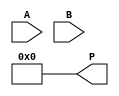
module WallaceTreeMultiplier #(parameter MAX_WIDTH = 16) (
    input [MAX_WIDTH-1:0] A, // Multiplicand
    input [MAX_WIDTH-1:0] B, // Multiplier
    output reg [2*MAX_WIDTH-1:0] P // Product
);

    // Partial product generation
    wire [MAX_WIDTH-1:0] partial_products[MAX_WIDTH-1:0];
    
    genvar i;
    generate
        for (i = 0; i < MAX_WIDTH; i = i + 1) begin : partial_product_gen
            assign partial_products[i] = A & {MAX_WIDTH{B[i]}};
        end
    endgenerate

    // Wallace tree reduction
    wire [MAX_WIDTH:0] sum[MAX_WIDTH-1:0];
    wire [MAX_WIDTH-1:0] carry[MAX_WIDTH-1:0];
    
    // Initialize sum and carry
    generate
        for (i = 0; i < MAX_WIDTH; i = i + 1) begin : init
            assign sum[i] = 0;
            assign carry[i] = 0;
        end
    endgenerate

    // Stage 1 reduction
    generate
        for (i = 0; i < MAX_WIDTH; i = i + 1) begin : stage1
            if (i % 3 == 0) begin
                assign {carry[i], sum[i]} = partial_products[i] + partial_products[i+1] + partial_products[i+2];
            end
        end
    endgenerate

    // Stage 2 reduction
    wire [MAX_WIDTH:0] stage2_sum[MAX_WIDTH-1:0];
    wire [MAX_WIDTH-1:0] stage2_carry[MAX_WIDTH-1:0];

    generate
        for (i = 0; i < MAX_WIDTH-1; i = i + 1) begin : stage2
            assign {stage2_carry[i], stage2_sum[i]} = sum[i] + sum[i+1] + carry[i];
        end
    endgenerate

    // Final stage reduction
    wire [2*MAX_WIDTH-1:0] final_sum;
    wire [2*MAX_WIDTH-1:0] final_carry;

    assign {final_carry, final_sum} = {1'b0, stage2_sum[0]} + {1'b0, stage2_sum[1]} + {1'b0, carry[0]};

    // Final product assignment
    always @(*) begin
        P = final_sum + final_carry;
    end

endmodule